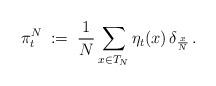
LaTeX: \begin{align*} \pi^N_t\;:=\;\frac{1}{N}\sum_{x\in T_N}\eta_{t}(x)\,\delta_{\frac{x}{N}}\,.\end{align*}